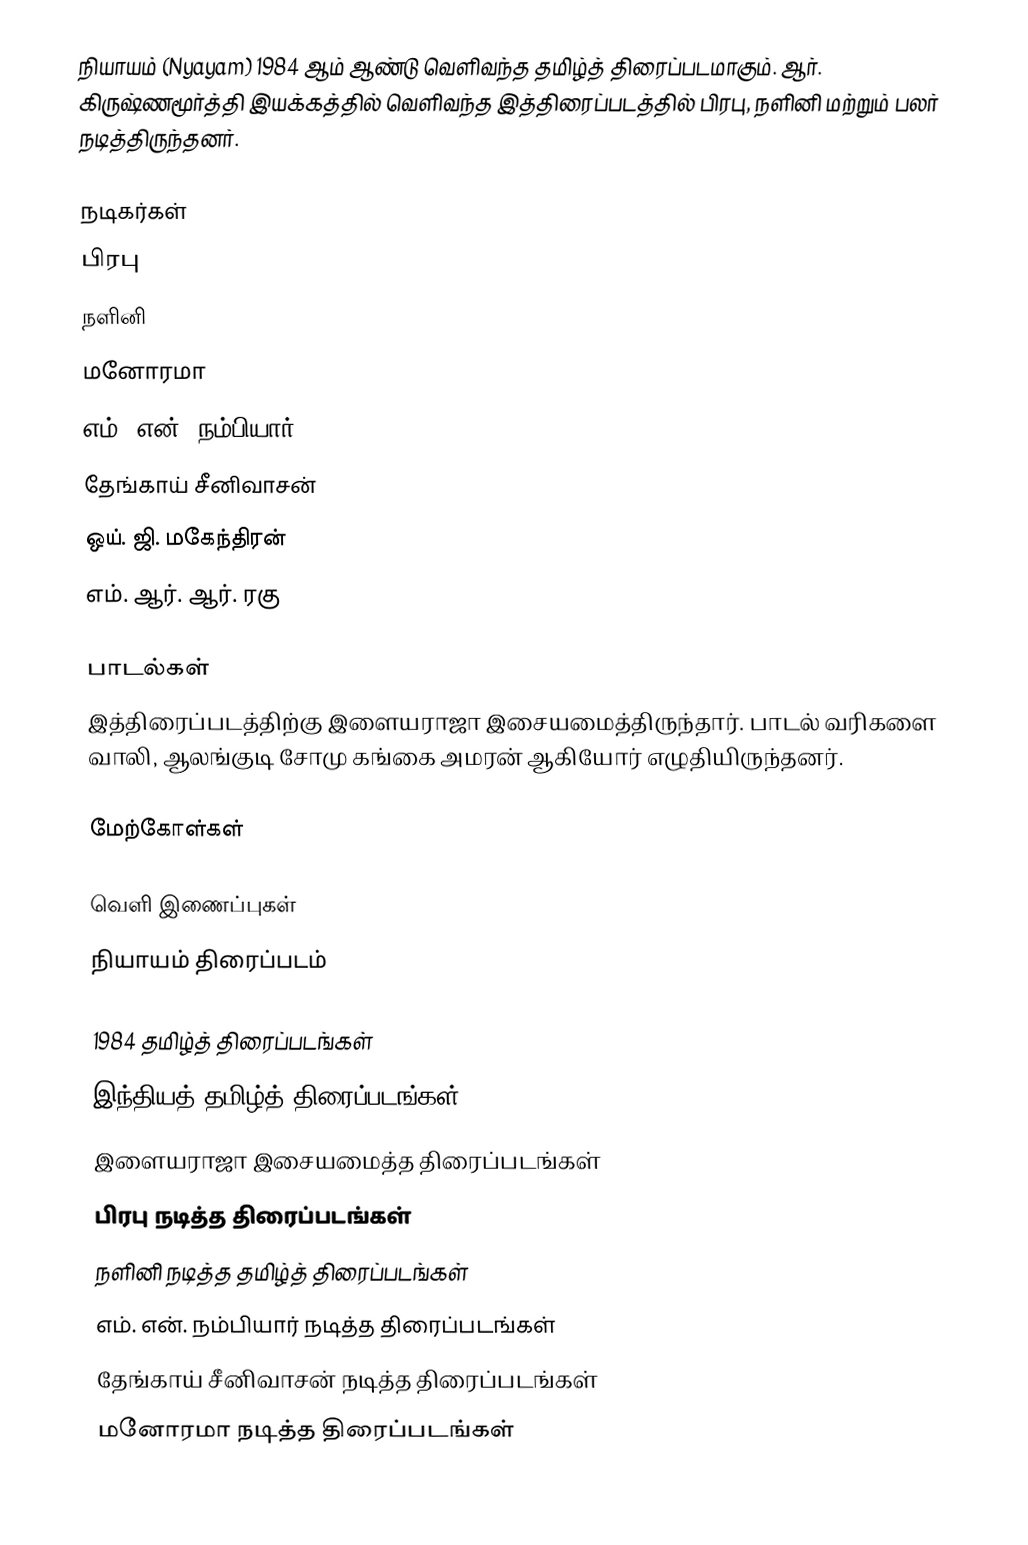
நியாயம் (Nyayam) 1984 ஆம் ஆண்டு வெளிவந்த தமிழ்த் திரைப்படமாகும். ஆர். கிருஷ்ணமூர்த்தி இயக்கத்தில் வெளிவந்த இத்திரைப்படத்தில் பிரபு, நளினி மற்றும் பலர் நடித்திருந்தனர்.

நடிகர்கள்
 பிரபு
 நளினி
 மனோரமா
 எம். என். நம்பியார்
 தேங்காய் சீனிவாசன்
 ஒய். ஜி. மகேந்திரன்
 எம். ஆர். ஆர். ரகு

பாடல்கள்
இத்திரைப்படத்திற்கு இளையராஜா இசையமைத்திருந்தார். பாடல் வரிகளை வாலி, ஆலங்குடி சோமு கங்கை அமரன் ஆகியோர் எழுதியிருந்தனர்.

மேற்கோள்கள்

வெளி இணைப்புகள்
 நியாயம் திரைப்படம்

1984 தமிழ்த் திரைப்படங்கள்
இந்தியத் தமிழ்த் திரைப்படங்கள்
இளையராஜா இசையமைத்த திரைப்படங்கள்
பிரபு நடித்த திரைப்படங்கள்
நளினி நடித்த தமிழ்த் திரைப்படங்கள்
எம். என். நம்பியார் நடித்த திரைப்படங்கள்
தேங்காய் சீனிவாசன் நடித்த திரைப்படங்கள்
மனோரமா நடித்த திரைப்படங்கள்